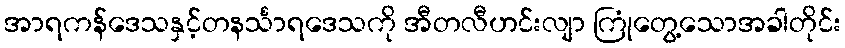
အာရကန်ဒေသနှင့်တနင်္သာရဒေသကို အီတလီဟင်းလျာ ကြုံတွေ့သောအခါတိုင်း